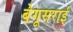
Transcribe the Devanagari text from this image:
बेगूसराई